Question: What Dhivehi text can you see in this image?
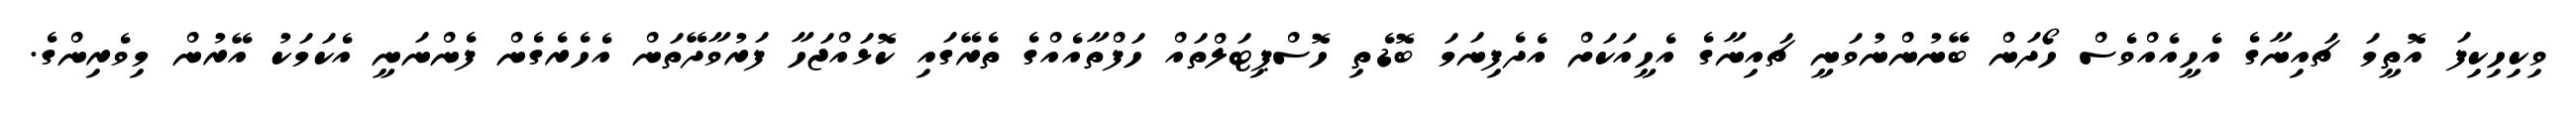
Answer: ވިކިހިކިފަ އޮތީމަ ޗައިނާގެ އެހީއެއްވެސް ހޯދަން ބޭނުންނުވަނީ ޗައިނާގެ އެހީއަކަށް އެދެފިނަމަ ބޮޑެތި ހޮސްޕިޓަލްތައް ހަފްތާއެއްގެ ތެރޭގައި ކޮޅައްޖަހާ ފަރުވާދޭތަން އެހެރެގެން ފެންނަނީ އެކަމަކު އޭރުން މިވެރިންގެ.